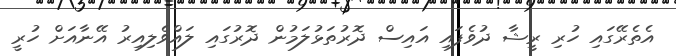
އެތެރޭގައި ހުރި ރީޝާ ދުވެފައި އައިސް ދޮރުތަޅުލަމުން ދޮރުގައި ލައްވެލިއިރު އޭނާއަށް ހުރީ